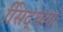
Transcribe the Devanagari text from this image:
सििद्धयां